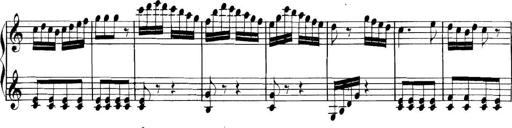
Title: Collected Piano Sonatas
Composer: Muzio Clementi